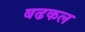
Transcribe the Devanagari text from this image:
बढकल